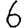
Digit: 6